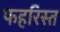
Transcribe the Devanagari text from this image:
फहरिस्त